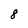
Character: 8